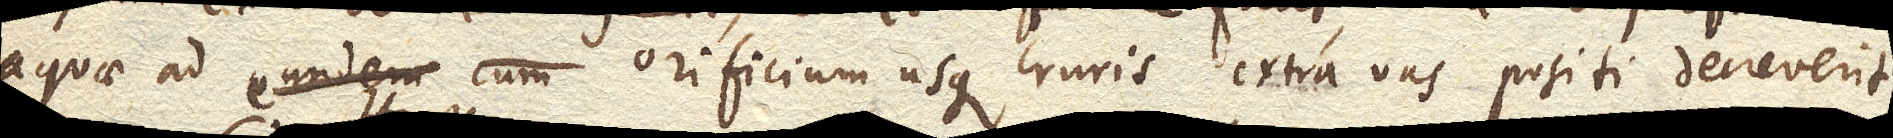
aquae ad eundem cum orificium usque cruris extra vas positi decreverit.